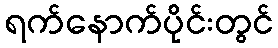
ရက်နောက်ပိုင်းတွင်